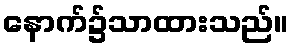
နောက်၌သာထားသည်။